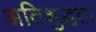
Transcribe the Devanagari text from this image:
अतिशुद्धता